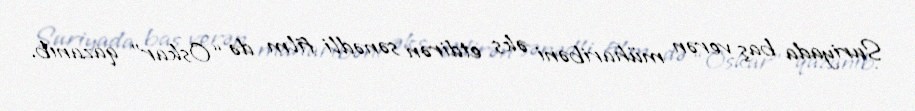
Suriyada baş verən müharibəni əks etdirən sənədli film də “Oskar” qazanıb.